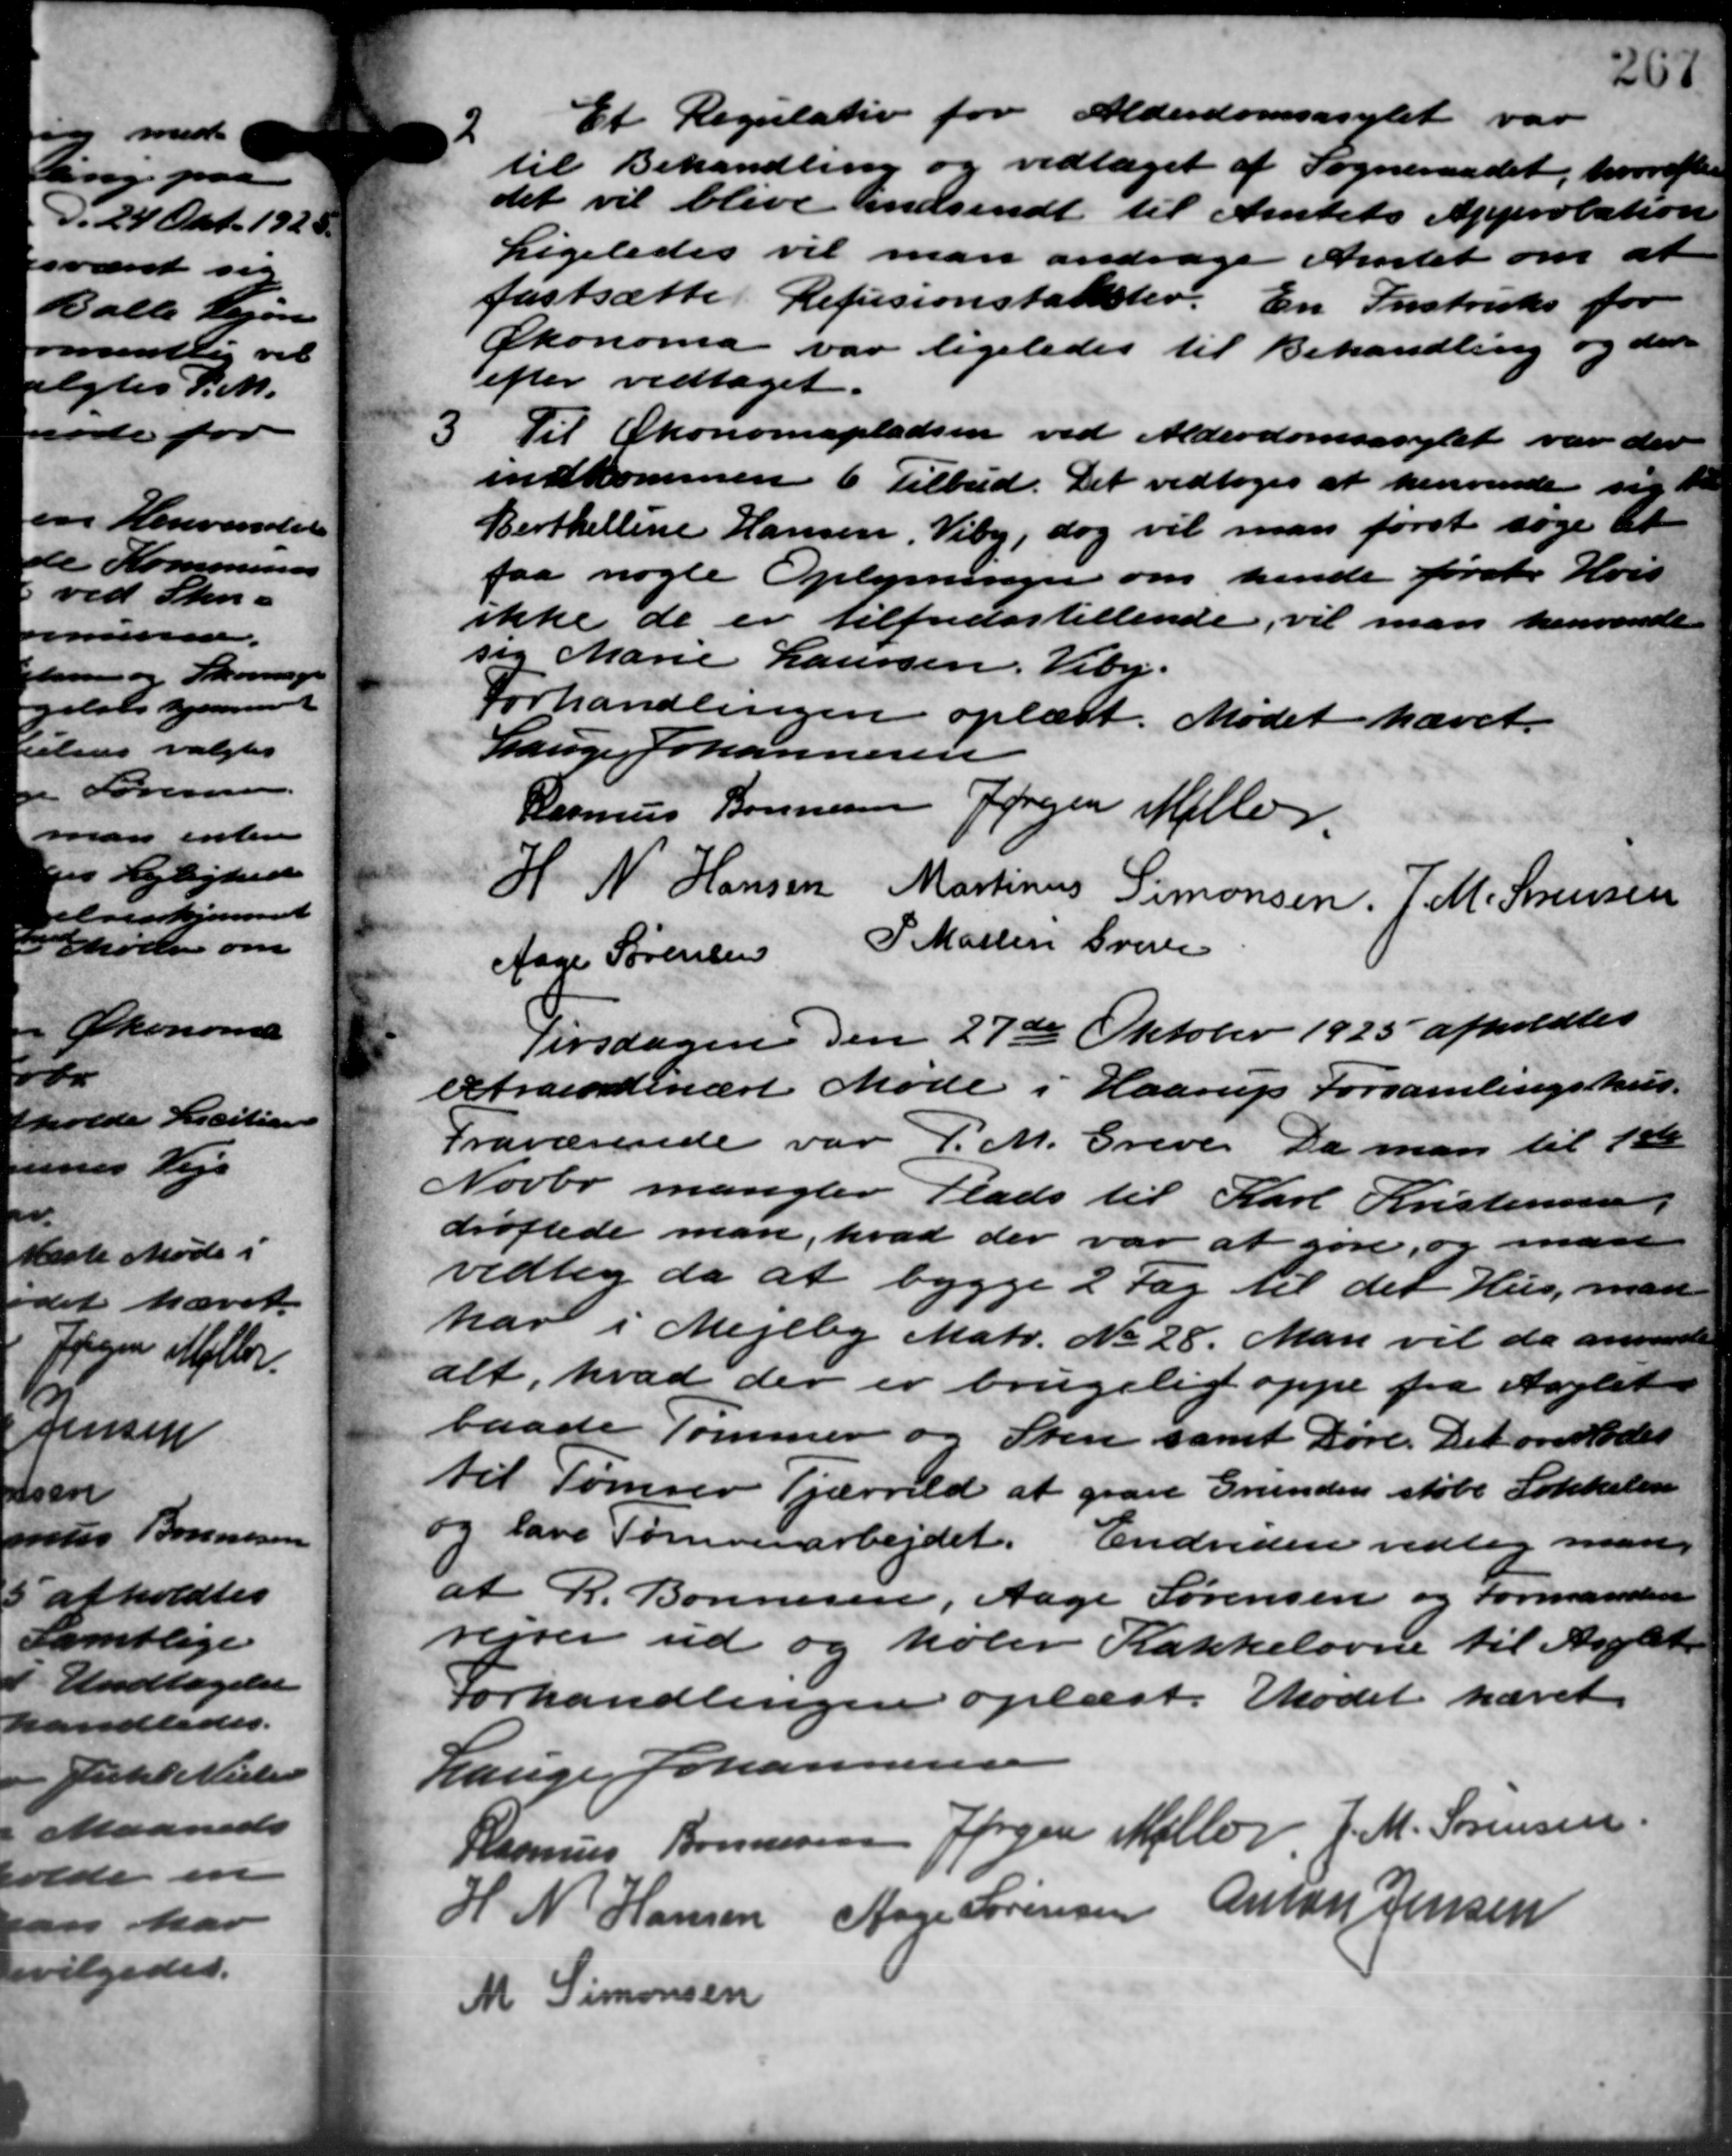
Transskription:
2
Et Regulativ for Alderdomsasylet var
til Behandling og vedtaget af Sogneraadet, hvorefter
det vil blive indsendt til Amtets Approbation
Ligeledes vil man andrage Amtet om at
fastsætte Refusionstakster. En Instruks for
Økonoma var ligeledes til Behandling og der
efter vedtaget.
3
Til Okonomspladsen ved Alderdomsasylet var der
indkommen 6 Tilbud. Det vedtoges at henvende sig t
Berthelling Hansen, Viby, dog vil man først søge at
faa nogle Oplysninger om hende første Hvis
ikke de er tilfredsstillende, vil man henvende
sig Marie Laursen, Viby.
Forhandlingen oplæst. Mødet hævet.
Lauge Johannesen
Rasmus Bonnesen Jørgen Møller.
H. N. Hansen Martinus Simonsen. J. M. Sørensen
Aage Sørensen P. Martin Greve
Tirsdagen den 27de Oktober 1923 afholdtes
extraordinært Møde i Haarup Forsamlingshus.
Fraværende var P. M. Greve. Da man til 1ste
Novbr mangler Plads til Karl Kristensen,
drøftede man, hvad der var at gøre, og man
vedtog da at bygge 2 Fag til det Hus, man
har i Mejlby Matr. No. 28. Man vil da anvende
alt, hvad der er brugelig oppe fra Aaglet
baade Tommer og Sten samt Røre. Det overlodes
til Tømrer Tjærrild at grave Grunden støbe Lokkelen
og lave Tømrerarbejdet. Endvidere vedtog man
at R. Bonnesen, Aage Sørensen og Formanden
rejser ud og køber Kakkelovne til Asylet
Forhandlingen oplæst. Mødet hævet.
Lauge Johannesen
Rasmus Bonnesen Jørgen Møller J. M. Sørensen
H N Hansen Aage Sørensen Anton Jensen
M Simonsen